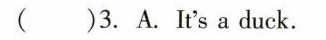
( )3. A.It's a duck.